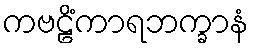
ကဗဠိံကာရဘက္ခာနံ